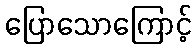
ပြောသောကြောင့်